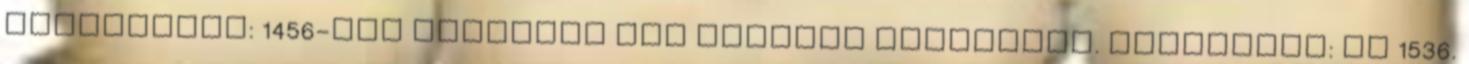
Kisasszond: 1456-ban Perneszy Pál alnádor tulajdona. Kisberény: Az 1536.